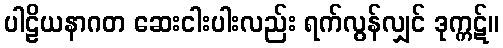
ပါဠိယနာဂတ ဆေးငါးပါးလည်း ရက်လွန်လျှင် ဒုက္ကဋ်။